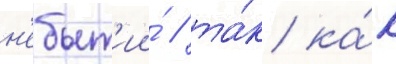
н'ебыт'ии́ / та́к ка́к